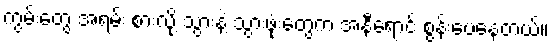
ကွမ်းတွေ အရမ်း စားလို့ သွားနဲ့ သွားဖုံးတွေက အနီရောင် စွန်းပေနေတယ်။